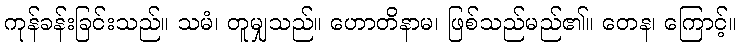
ကုန်ခန်းခြင်းသည်။ သမံ၊ တူမျှသည်။ ဟောတိနာမ၊ ဖြစ်သည်မည်၏။ တေန၊ ကြောင့်။